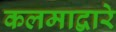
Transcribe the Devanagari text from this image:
कलमाद्वारे